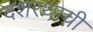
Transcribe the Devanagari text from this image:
दशरथाची